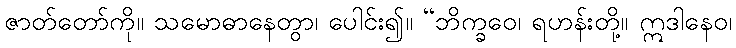
ဇာတ်တော်ကို။ သမောဓာနေတွာ၊ ပေါင်း၍။ “ဘိက္ခဝေ၊ ရဟန်းတို့။ ဣဒါနေဝ၊